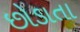
છોડાતા